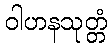
ဝါဟနသုတ္တံ